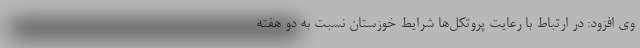
وی افزود: در ارتباط با رعایت پروتکل‌ها شرایط خوزستان نسبت به دو هفته